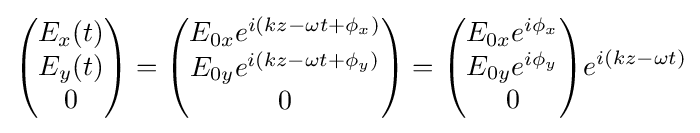
{\begin{pmatrix}E_{x}(t)\\E_{y}(t)\\0\end{pmatrix}}={\begin{pmatrix}E_{0x}e^{i(kz-\omega t+\phi _{x})}\\E_{0y}e^{i(kz-\omega t+\phi _{y})}\\0\end{pmatrix}}={\begin{pmatrix}E_{0x}e^{i\phi _{x}}\\E_{0y}e^{i\phi _{y}}\\0\end{pmatrix}}e^{i(kz-\omega t)}